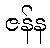
ဇန်န